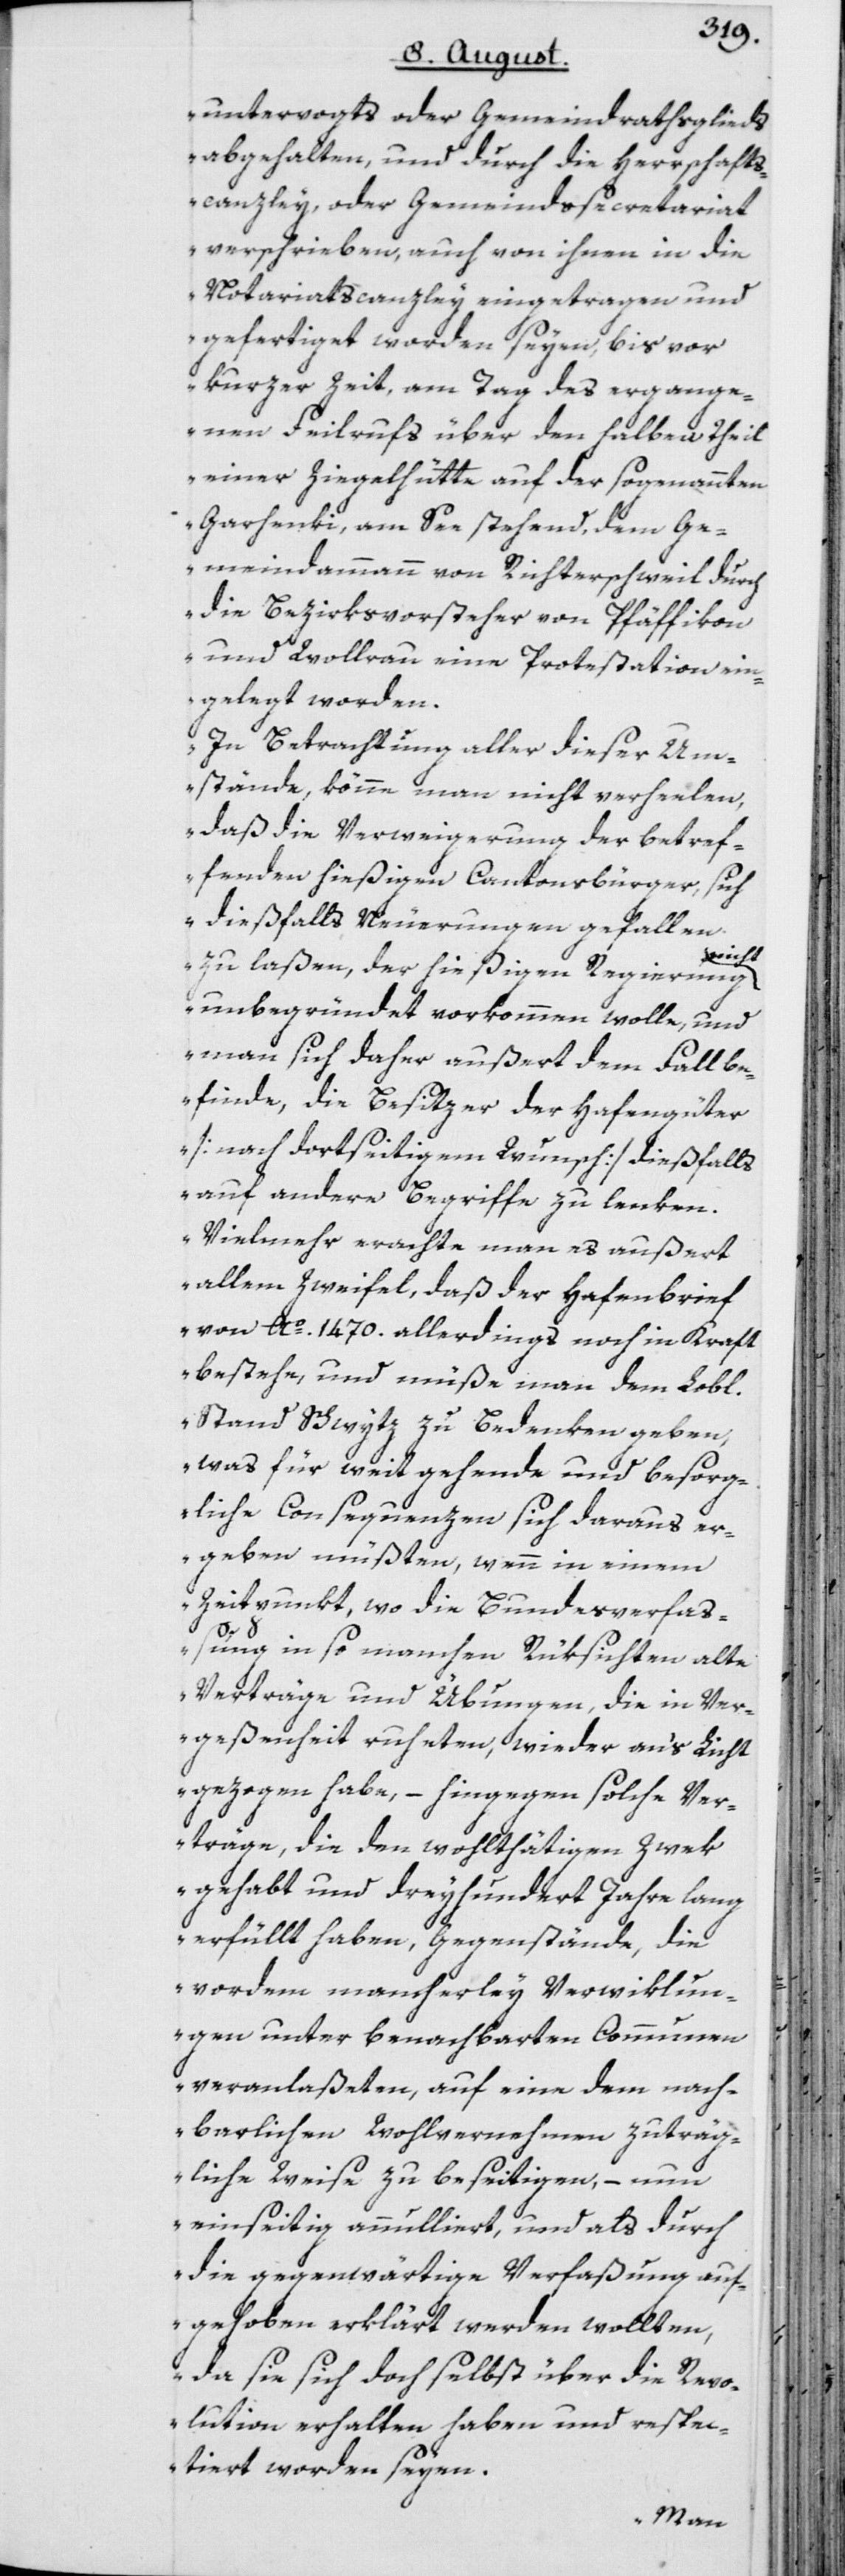
untervogts oder Gemeindrathsglieds
abgehalten, und durch die Herrschafts¬
canzley, oder Gemeindssecretariat
verschrieben, auch von ihnen in die
Notariatscanzley eingetragen und
gefertiget worden seyen, bis vor
kurzer Zeit, am Tag des ergange¬
nen Feilrufs über den halben Theil
einer Ziegelhütte auf der sogenannten
Garhenki, am See stehend, dem Ge¬
meindammann von Richterschweil durch
die Bezirksvorsteher von Pfäffikon
und Wollrau eine Protestation ein¬
gelegt worden.
In Betrachtung aller dieser Um¬
stände, könne man nicht verheelen,
daß die Verweigerung der betref¬
fenden hießigen Cantonsbürger, sich
dießfalls Neuerungen gefallen
nicht
zu laßen, der hießigen Regierung
unbegründet vorkommen wolle, und
man sich daher außert dem Fall b¬
efinde, die Besitzer der Hafengüter
[nach dortseitigem Wunsch] dießfalls
auf andere Begriffe zu lenken.
Vielmehr erachte man es außert
allem Zweifel, daß der Hafenbrief
von Ao. 1470. allerdings noch in Kraft
bestehe, und müße man dem Lobl.
Stand Schwytz zu Bedenken geben,
was für weit gehende und besorg¬
liche Consequenzen sich daraus er¬
geben müßten, wenn in einem
Zeitpunkt, wo die Bundesverfaß¬
ung in so manchen Rüksichten alte
Verträge und Übungen, die in Ver¬
geßenheit ruheten, wieder an‘s Licht
gezogen habe, – hingegen solche Ver¬
träge, die den wohlthätigen Zwek
gehabt und dreyhundert Jahre lang
erfüllt haben, Gegenstände, die
vordem mancherley Verwiklun¬
gen unter benachbarten Communen
veranlaßeten, auf eine dem nach¬
barlichen Wohlvernehmen zuträg¬
liche Weise zu beseitigen, – nun
einseitig annulliert, und als durch
die gegenwärtige Verfaßung auf¬
gehoben erklärt werden wollten,
da sie sich doch selbst über die Revo¬
lution erhalten haben und respe¬
ctiert worden seyen.